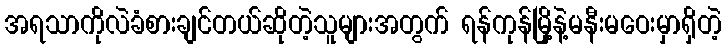
အရသာကိုလဲခံစားချင်တယ်ဆိုတဲ့သူများအတွက် ရန်ကုန်မြို့နဲ့မနီးမဝေးမှာရှိတဲ့